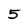
Character: 5